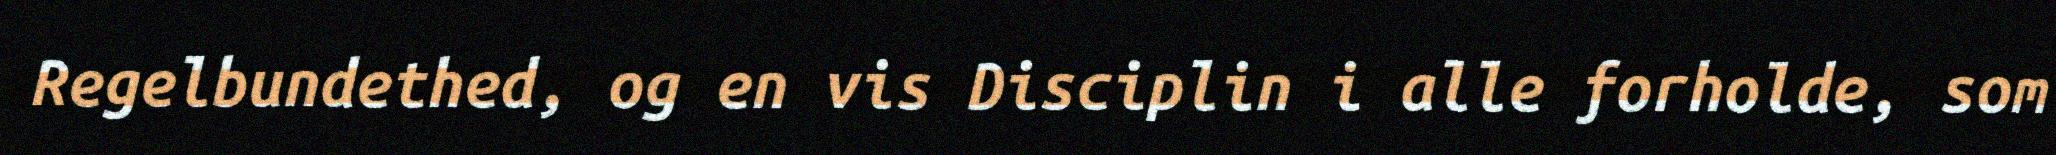
Regelbundethed, og en vis Disciplin i alle forholde, som